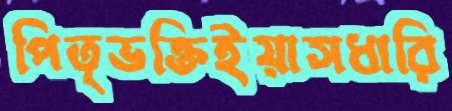
পিতৃভক্তিইয়াসধারি